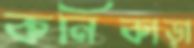
কনিকাড়া